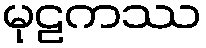
မုဠကဿ